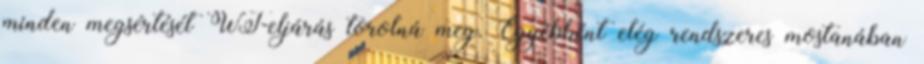
minden megsértését WT-eljárás torolná meg. Egyébként elég rendszeres mostanában